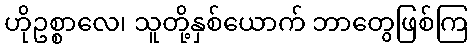
ဟိုဥစ္စာလေ၊ သူတို့နှစ်ယောက် ဘာတွေဖြစ်ကြ